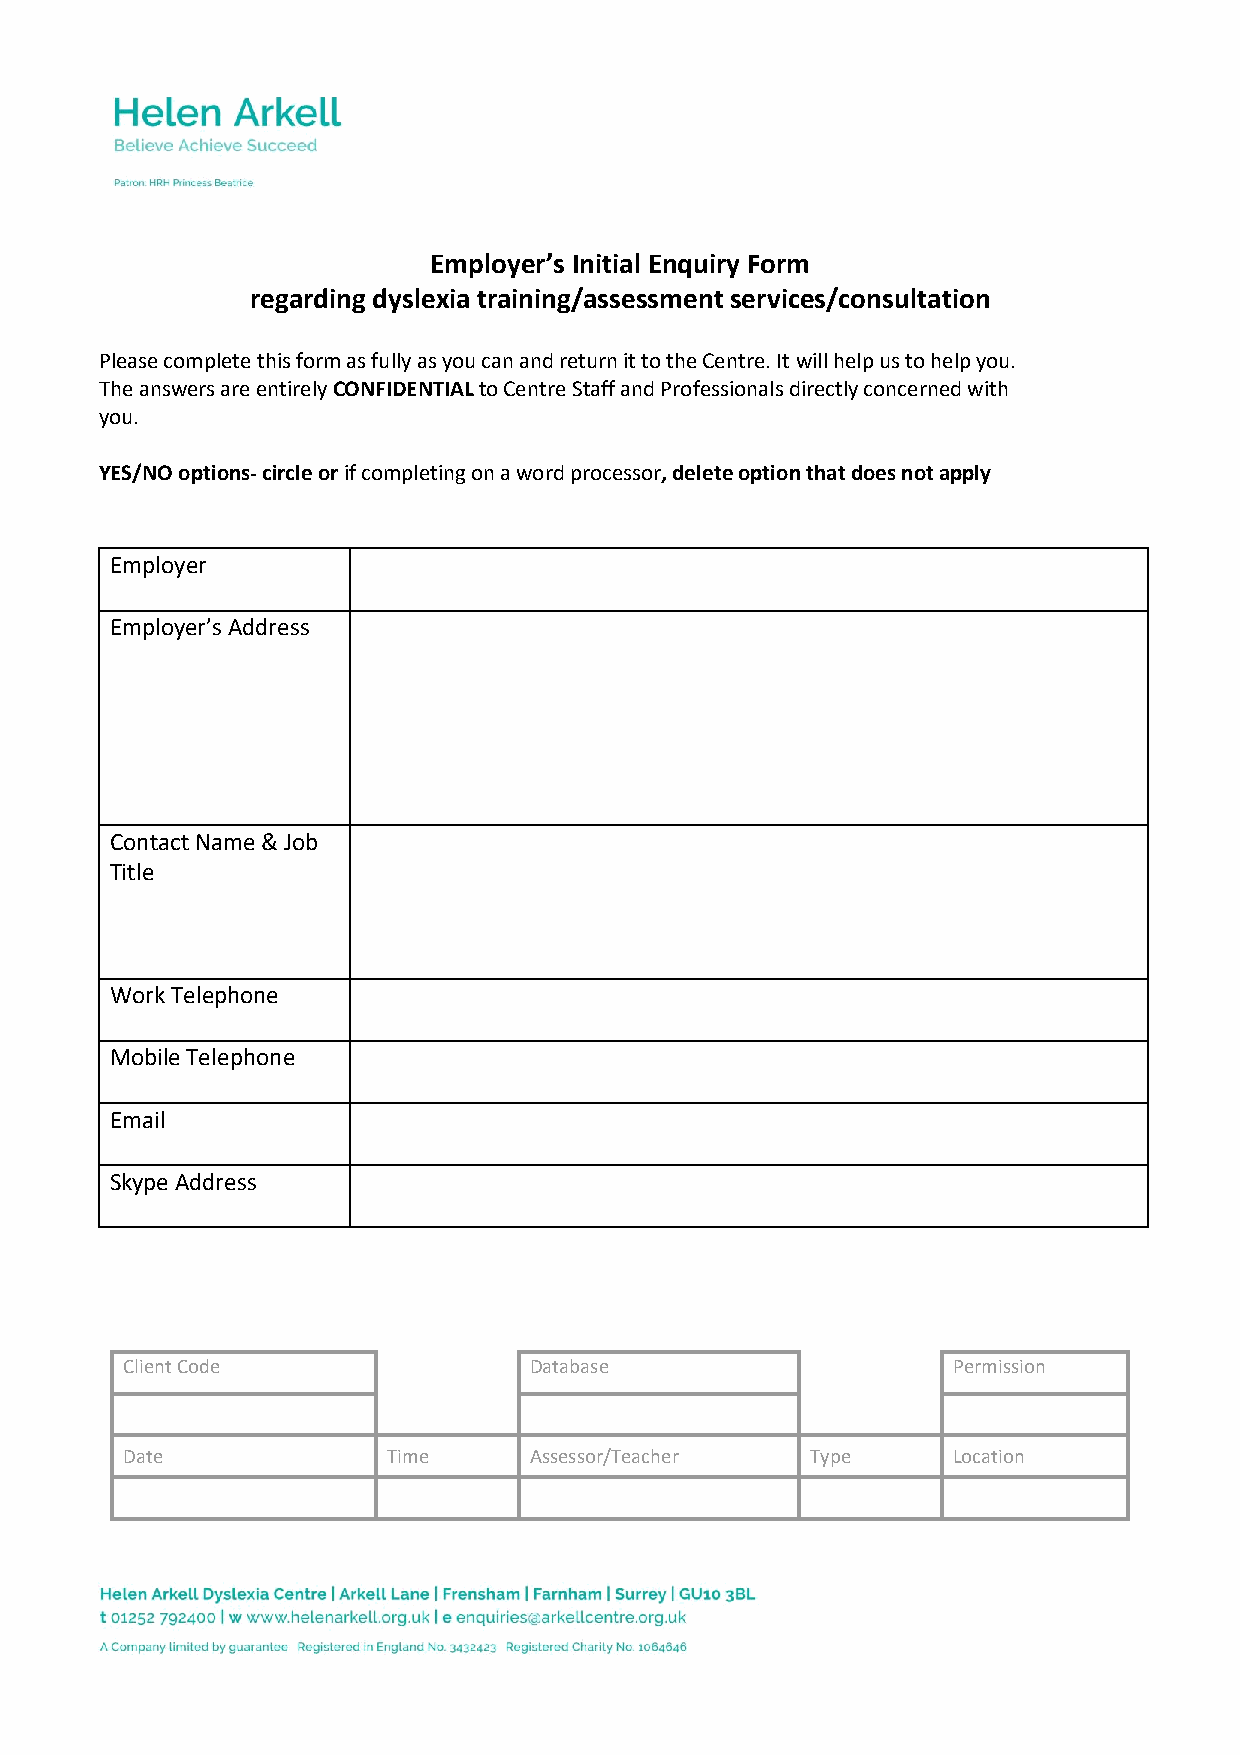
Employer’s Initial Enquiry Form
 regarding dyslexia training/assessment services/consultation
 Please complete this form as fully as you can and return it to the Centre. It will help us to help you.
 The answers are entirely CONFIDENTIAL to Centre Staff and Professionals directly concerned with
 you.
 YES/NO options- circle or if completing on a word processor, delete option that does not apply
 Employer
 Employer’s Address
 Contact Name & Job
 Title
 Work Telephone
 Mobile Telephone
 Email
 Skype Address
 Client Code                Database                    Permission
 Date              Time     Assessor/Teacher   Type     Location